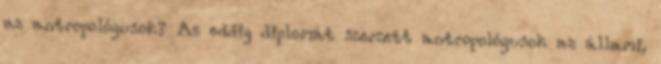
az antropológusok? Az eddig diplomát szerzett antropológusok az állami,